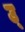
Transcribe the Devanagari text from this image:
उ्